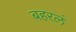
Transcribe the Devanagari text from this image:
बहरलं